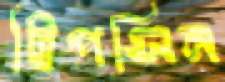
ট্রিপসিন